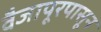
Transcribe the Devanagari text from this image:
वैजापूरपासून